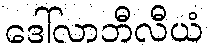
ဒေါ်လာဘီလီယံ